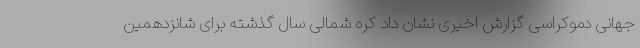
جهانی دموکراسی گزارش اخیری نشان داد کره شمالی سال گذشته برای شانزدهمین